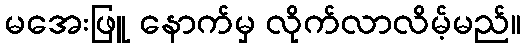
မအေးဖြူ နောက်မှ လိုက်လာလိမ့်မည်။